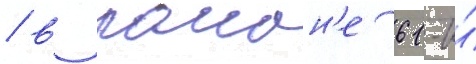
/ в раион'е 61-и́